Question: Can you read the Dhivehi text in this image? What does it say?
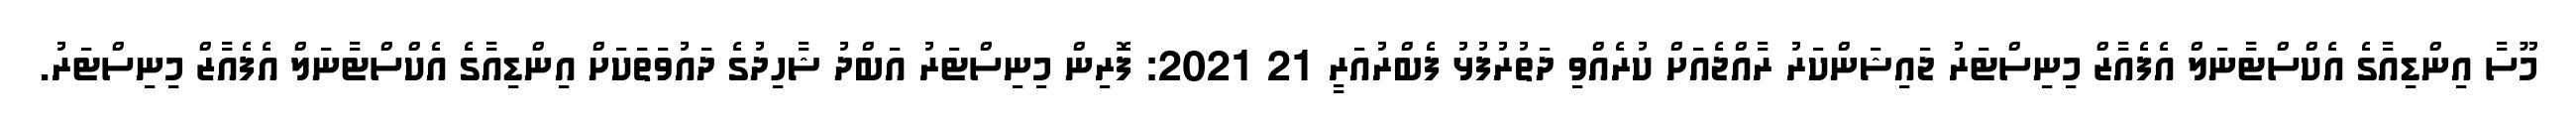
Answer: މޫސާ އިންޑިއާގެ އެކްސްޓާނަލް އެފެއާޒް މިނިސްޓަރު ޖައިޝަންކަރު ރާއްޖެއަށް ކުރެއްވި ދަތުރުފުޅު ފެބްރުއަރީ 21 2021: ފޮރިން މިނިސްޓަރު އަބްދު ޝާހިދުގެ ދައުވަތަކަށް އިންޑިއާގެ އެކްސްޓާނަލް އެފެއާޒް މިނިސްޓަރު.